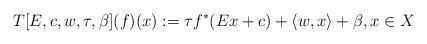
LaTeX: \begin{align*}T[E,c,w,\tau,\beta](f)(x):=\tau f^*(Ex+c)+\langle w,x\rangle +\beta,x\in X\end{align*}